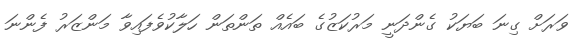
ވަރަށް ގިނަ ބަޔަކު ގެންދަނީ މަރުކަޒުގެ ބައެއް ތަންތަން ހަލާކުވެފައިވާ މަންޒަރު ފެންނަ